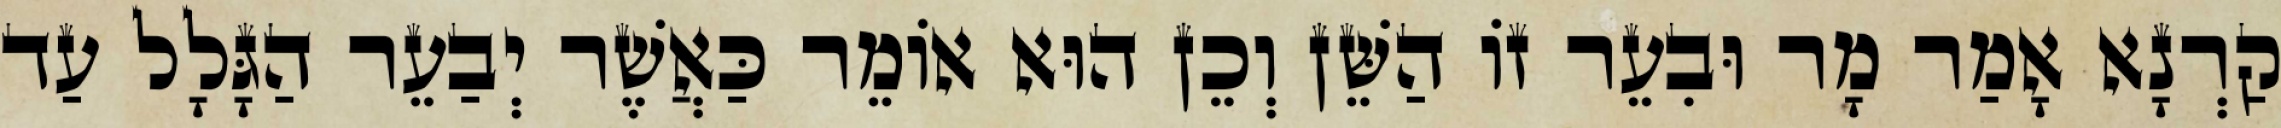
קַרְנָא אָמַר מָר וּבִעֵר זוֹ הַשֵּׁן וְכֵן הוּא אוֹמֵר כַּאֲשֶׁר יְבַעֵר הַגָּלָל עַד